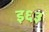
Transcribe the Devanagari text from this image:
इ६३